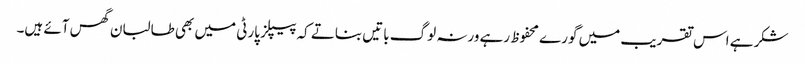
شکر ہے اس تقریب میں گورے محفوظ رہے ورنہ لوگ باتیں بناتے کہ پیپلز پارٹی میں بھی طالبان گھس آئے ہیں۔